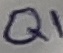
Text: Q1